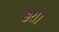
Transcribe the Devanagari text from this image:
७१।।